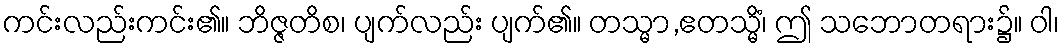
ကင်းလည်းကင်း၏။ ဘိဇ္ဇတိစ၊ ပျက်လည်း ပျက်၏။ တသ္မာ,ဧတသ္မိံ၊ ဤ သဘောတရား၌။ ဝါ၊